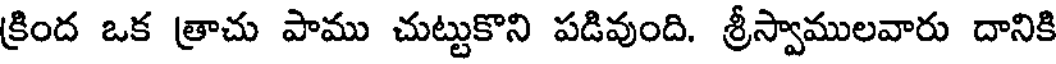
క్రింద ఒక త్రాచు పాము చుట్టుకొని పడివుంది. శ్రీస్వాములవారు దానికి